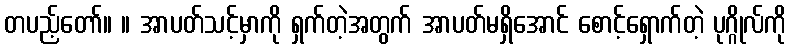
တပည့်တော်။ ။ အာပတ်သင့်မှာကို ရှက်တဲ့အတွက် အာပတ်မရှိအောင် စောင့်ရှောက်တဲ့ ပုဂ္ဂိုလ်ကို